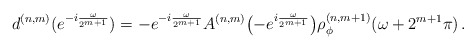
\begin{align*} d^{(n,m)}(e^{-i\frac{\omega}{2^{m+1}}}) = - e^{-i\frac{\omega}{2^{m+1}}}A^{(n,m)}\bigl(- e^{i\frac{\omega}{2^{m+1}}} \bigr) \rho_\phi^{(n,m+1)}(\omega+2^{m+1}\pi)\,. \end{align*}